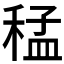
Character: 𮃑